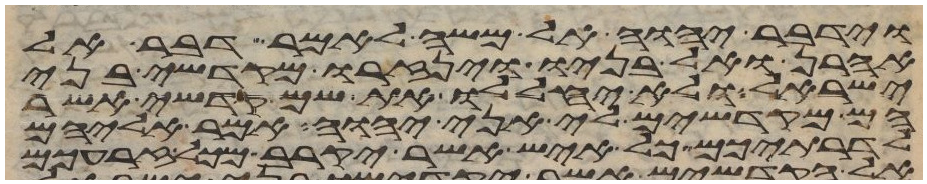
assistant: וידבר יהוה אל משה לאמר דבר אל
אהרן ואל בניו וינזרו מקדשי בני
ישראל ולא יחללו את שם קדשי אשר
הם מקדישים לי אני יהוה אמר אליהם
לדרתיכם כל איש אשר יקרב מכל זרעכם